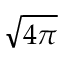
\sqrt { 4 \pi }